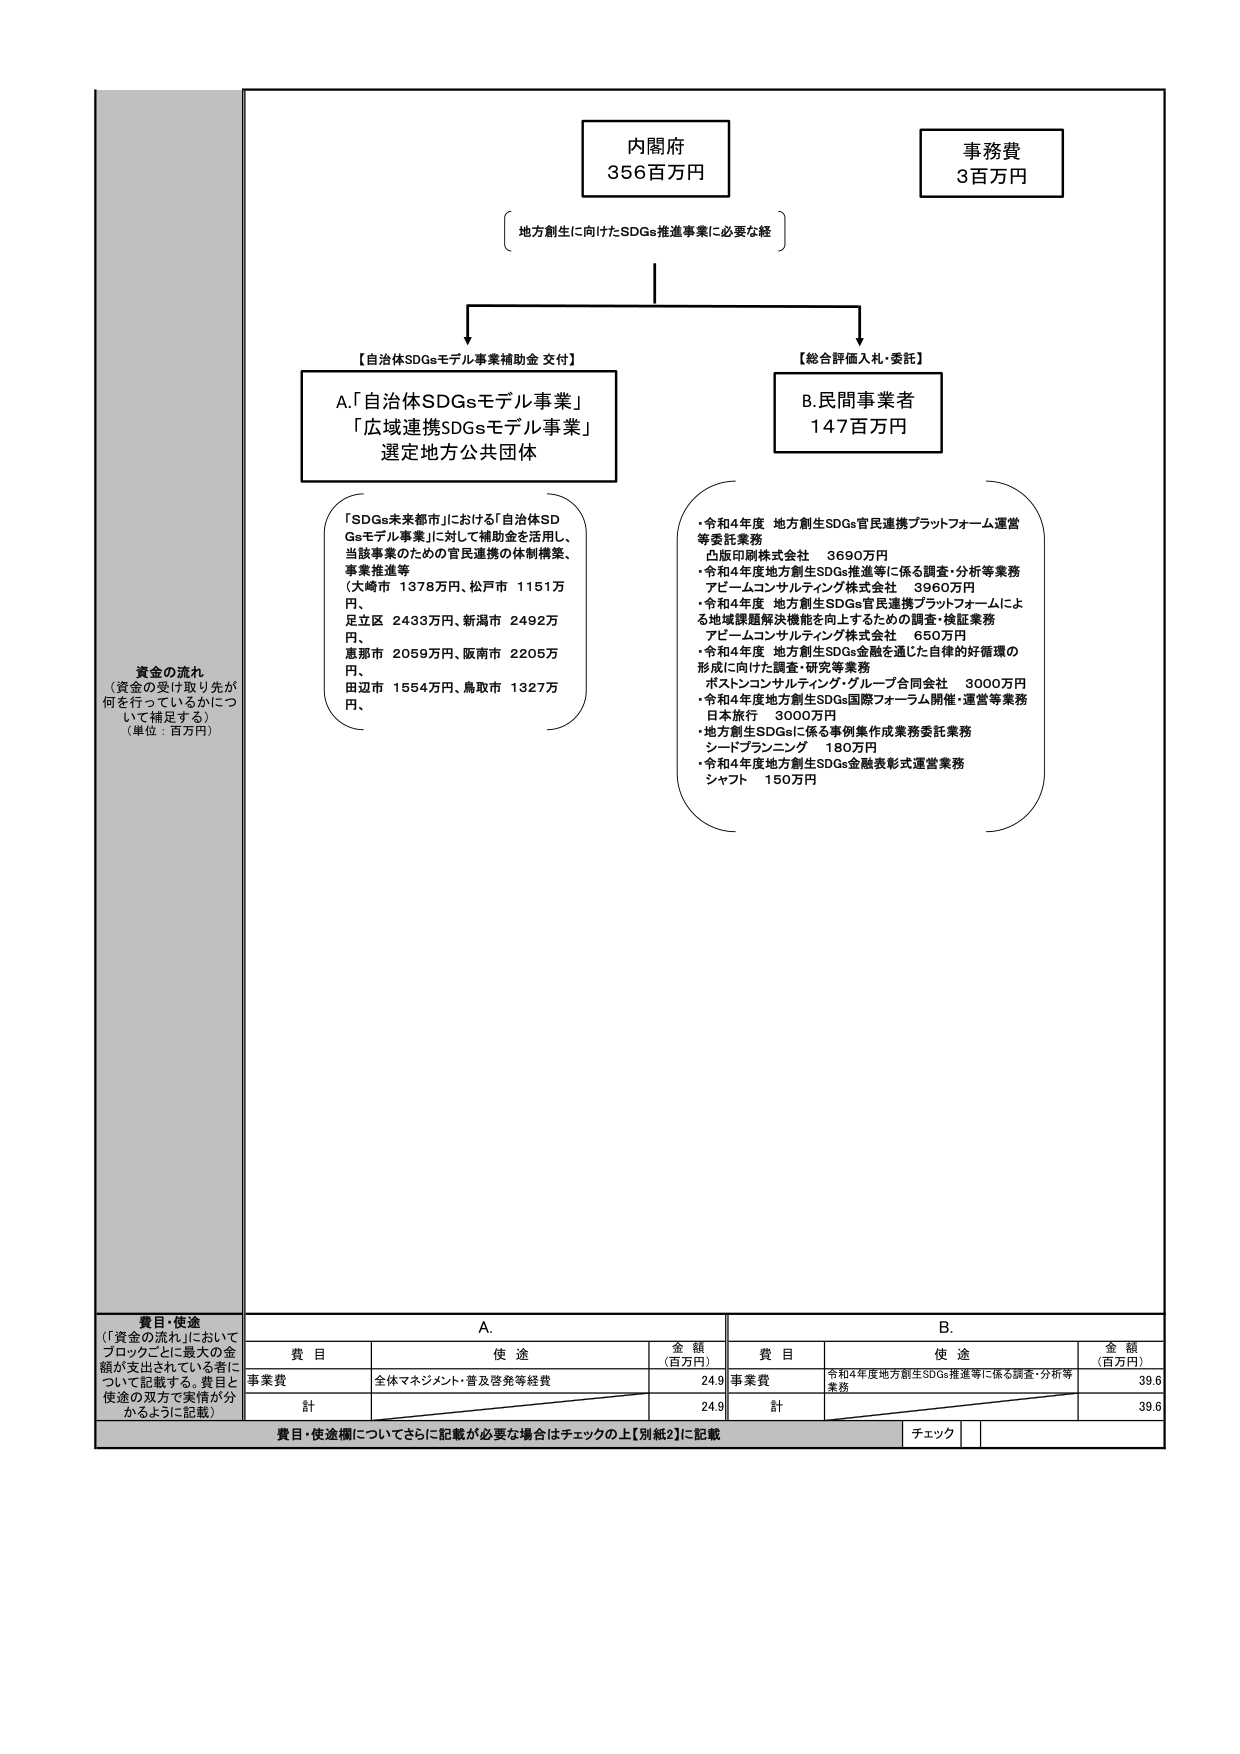
内閣府
356百万円

事務費
3百万円

地方創生に向けたSDGs推進事業に必要な経

【自治体SDGsモデル事業補助金 交付】
A.「自治体SDGsモデル事業」
「広域連携SDGsモデル事業」
選定地方公共団体

「SDGs未来都市」における「自治体SDGsモデル事業」に対して補助金を活用し、
当該事業のための官民連携の体制構築、
事業推進等
（大崎市 1378万円、松戸市 1151万円、
足立区 2433万円、新潟市 2492万円、
恵那市 2059万円、阪南市 2205万円、
田辺市 1554万円、鳥取市 1327万円）

【総合評価入札・委託】
B.民間事業者
147百万円

・令和4年度 地方創生SDGs官民連携プラットフォーム運営等委託業務
凸版印刷株式会社 3690万円
・令和4年度地方創生SDGs推進等に係る調査・分析等業務
アビームコンサルティング株式会社 3960万円
・令和4年度 地方創生SDGs官民連携プラットフォームによる地域課題解決機能を向上するための調査・検証業務
アビームコンサルティング株式会社 650万円
・令和4年度 地方創生SDGs金融を通じた自律的好循環の形成に向けた調査・研究等業務
ポストコンサルティング・グループ合同会社 3000万円
・令和4年度地方創生SDGs国際フォーラム開催・運営等業務
日本旅行 3000万円
・地方創生SDGsに係る事例集作成業務委託業務
シードプランニング 180万円
・令和4年度地方創生SDGs金融表彰式運営業務
シャフト 150万円

資金の流れ
（資金の受け取り先が何を行っているかについて補足する）
（単位：百万円）

費目・使途
（「資金の流れ」においてブロックごとに最大の金額が支出されている者について記載する。費目と使途の双方で実情が分かるように記載）

A.
費目 使途 金額（百万円）
事業費 全体マネジメント・普及啓発等経費 24.9
計 24.9

B.
費目 使途 金額（百万円）
事業費 令和4年度地方創生SDGs推進等に係る調査・分析等業務 39.6
計 39.6

費目・使途欄についてさらに記載が必要な場合はチェックの上【別紙2】に記載
チェック